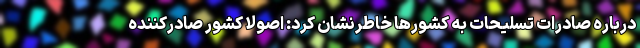
درباره صادرات تسلیحات به کشورها خاطرنشان کرد: اصولاً کشور صادرکننده